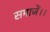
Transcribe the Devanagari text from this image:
समाजें।।